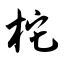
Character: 柁